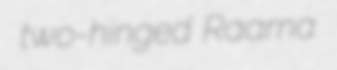
two-hinged Raama